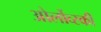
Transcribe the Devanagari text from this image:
ओर्लोव्स्की